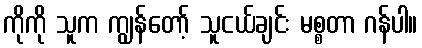
ကိုကို သူက ကျွန်တော့် သူငယ်ချင်း မစ္စတာ ဂန်ပါ။